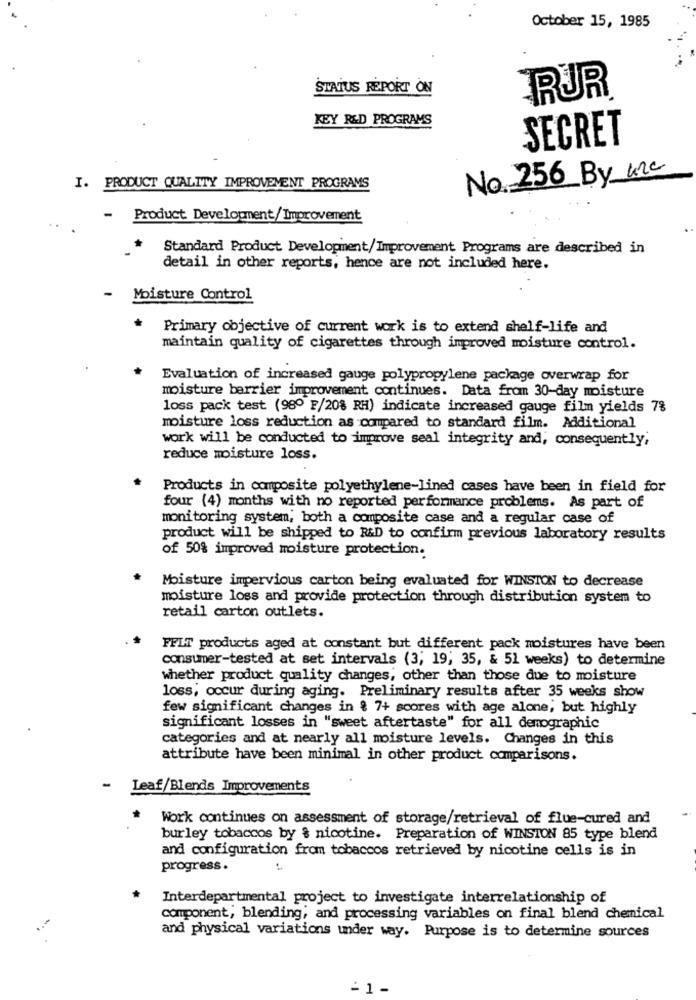
October 15, 1985
STATUS REPORT ON
RUR
KEY R&D PROGRAMS
SECRET
No. 256 By unc
I. PRODUCT QUALITY IMPROVEMENT PROGRAMS
Product Development/ Improvement
Standard Product Development/Improvement Programs are described in
detail in other reports, hence are not included here.
Moisture Control
Primary objective of current work is to extend shelf-life and
maintain quality of cigarettes through improved moisture control.
Evaluation of increased gauge polypropylene package overwrap for
moisture barrier improvement continues. Data from 30-day moisture
loss pack test (98º F/20% RH) indicate increased gauge film yields 7%
moisture loss reduction as compared to standard film. Additional
work will be conducted to improve seal integrity and, consequently;
reduce moisture loss.
Products in composite polyethylene-lined cases have been in field for
four (4) months with no reported performance problems. As part of
monitoring system, both a composite case and a regular case of
product will be shipped to R&D to confirm previous laboratory results
of 50% improved moisture protection.
Moisture impervious carton being evaluated for WINSTON to decrease
moisture loss and provide protection through distribution system to
retail carton outlets.
FFLT products aged at constant but different pack moistures have been
consumer-tested at set intervals (3, 19; 35, & 51 weeks) to determine
whether product quality changes, other than those due to moisture
loss, occur during aging. Preliminary results after 35 weeks show
few significant changes in { 7+ scores with age alone, but highly
significant losses in "sweet aftertaste" for all demographic
categories and at nearly all moisture levels. Changes in this
attribute have been minimal in other product comparisons.
- Leaf/Blends Improvements
Work continues on assessment of storage/retrieval of flue-cured and
burley tobaccos by & nicotine. Preparation of WINSTON 85 type blend
and configuration from tobaccos retrieved by nicotine cells is in
progress.
Interdepartmental project to investigate interrelationship of
component, blending; and processing variables on final blend chemical
and physical variations under way. Purpose is to determine sources
-1 -